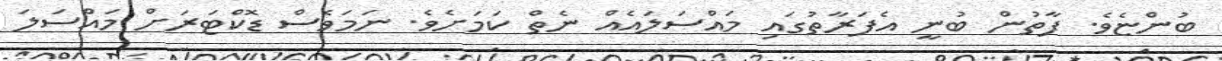
ބުންޏެވެ. ފާތުން ބުނީ އެފަރާތުގައި މައްސަލައެއް ނެތް ކަަމަށެވެ. ނަމަވެސް ޑޮކްޓަރަށް މައްސަލަ